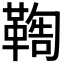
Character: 𩋺